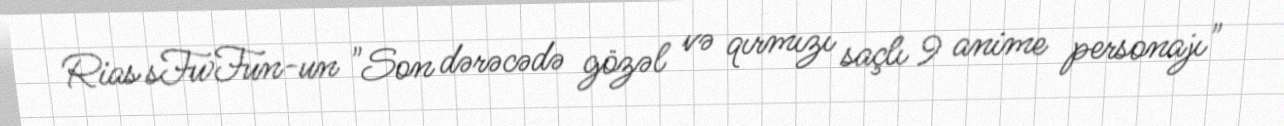
Rias sFwFun-un "Son dərəcədə gözəl və qırmızı saçlı 9 anime personajı"